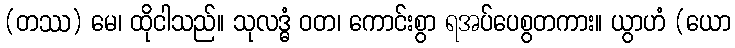
(တဿ) မေ၊ ထိုငါသည်။ သုလဒ္ဓံ ဝတ၊ ကောင်းစွာ ရအပ်ပေစွတကား။ ယွာဟံ (ယော